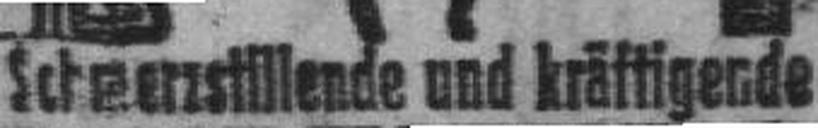
Schmerzstilllende und kräftigende